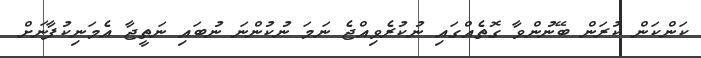
ކަންކަން ކުރަން ބޭނުންވާ ގޮތެއްގައި ނުކުރެވިއްޖެ ނަމަ ނުކުންނަ ނުބައި ނަތީޖާ އެމަނިކުފާނަށް